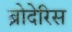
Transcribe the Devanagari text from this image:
ब्रोदेरिस